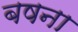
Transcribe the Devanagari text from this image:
बषना